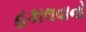
હકાલવાનો